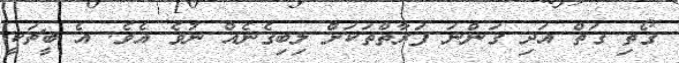
ގޯތި ގަތް އަދި ގަންނަ ފަރާތްތަކަށް ލިބިގެނެއް ނުވެ އެވެ. އެ ބީޗަކީ